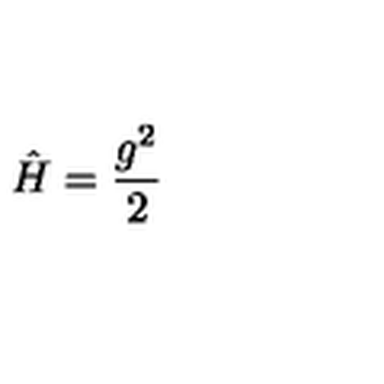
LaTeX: \hat { H } = \frac { g ^ { 2 } } { 2 }